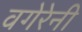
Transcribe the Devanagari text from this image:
वगेरेनी